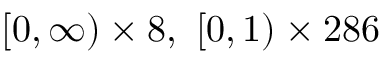
[ 0 , \infty ) \times 8 , \ [ 0 , 1 ) \times 2 8 6